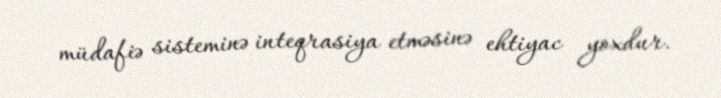
müdafiə sisteminə inteqrasiya etməsinə ehtiyac yoxdur.